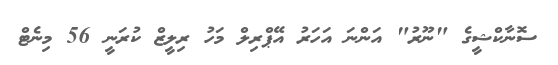
ސޮނާކްޝީގެ "ނޫރު" އަންނަ އަހަރު އޭޕްރިލް މަހު ރިލީޒް ކުރަނީ 56 މިނެޓް